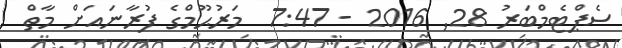
ސެޕްޓެމްބަރު 28